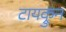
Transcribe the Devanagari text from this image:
टायक्रुन